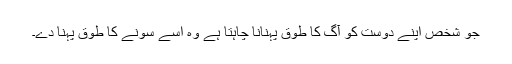
جو شخص اپنے دوست کو آگ کا طوق پہنانا چاہتا ہے وہ اسے سونے کا طوق پہنا دے۔